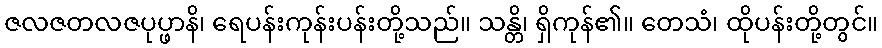
ဇလဇတလဇပုပ္ဖာနိ၊ ရေပန်းကုန်းပန်းတို့သည်။ သန္တိ၊ ရှိကုန်၏။ တေသံ၊ ထိုပန်းတို့တွင်။